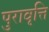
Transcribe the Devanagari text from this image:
पुरावृत्ति